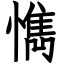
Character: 懏